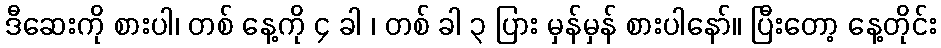
ဒီဆေးကို စားပါ၊ တစ် နေ့ကို ၄ ခါ ၊ တစ် ခါ ၃ ပြား မှန်မှန် စားပါနော်။ ပြီးတော့ နေ့တိုင်း